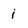
Character: j